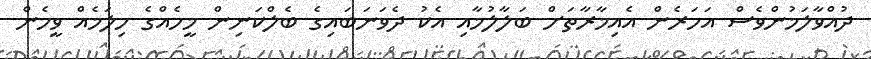
ދުއްވާލަމުންވެސް އަހަރެން އެއިމާރާތަށް ބަލާލުމާއި އެކު ދެވަނަބައިގެ ބެލްކަނިން މީހެއްގެ ހިލަމެއް ވީހެން